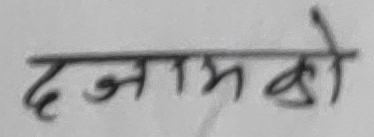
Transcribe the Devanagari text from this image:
दजामको